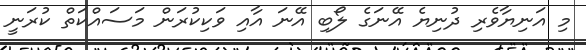
މި އަނިޔާވެރި ދުނިޔެ އޭނަގެ ލޯބި އޭނަ އާއި ވަކިކުރަން މަސައްކަތް ކުރަނީ